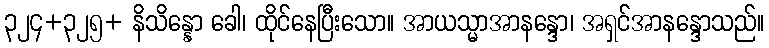
၃၂၄+၃၂၅+ နိသိန္နော ခေါ၊ ထိုင်နေပြီးသော။ အာယသ္မာအာနန္ဒော၊ အရှင်အာနန္ဒောသည်။